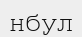
нбул